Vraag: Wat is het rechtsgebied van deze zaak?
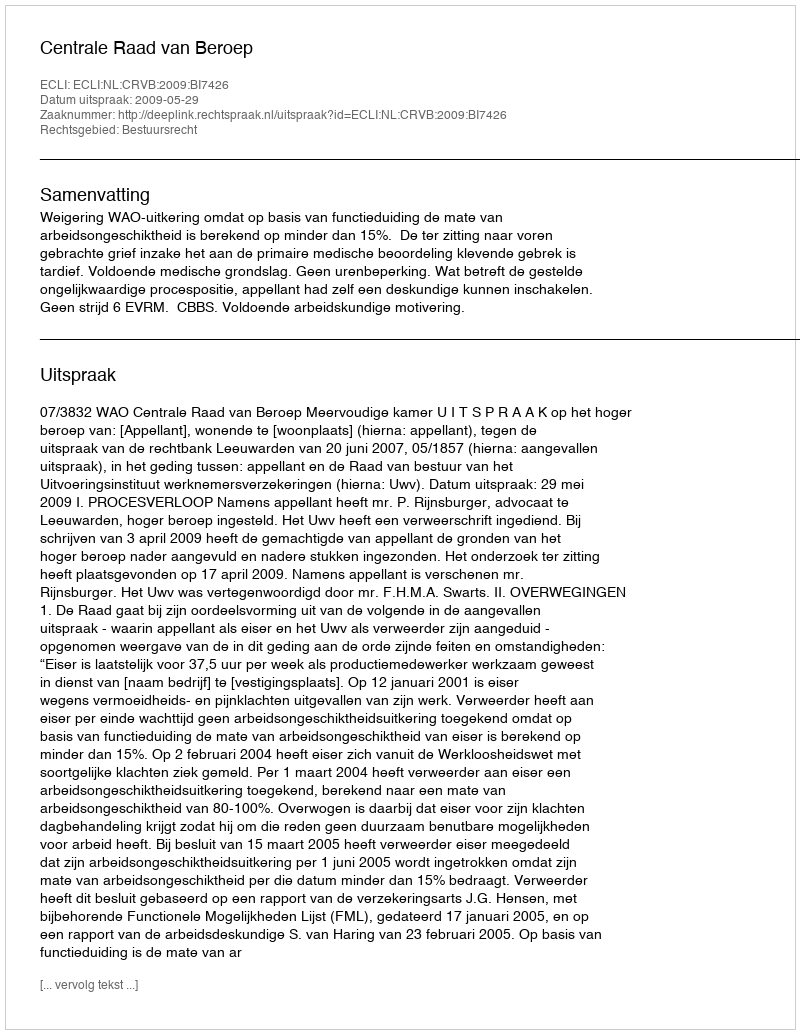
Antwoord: Bestuursrecht